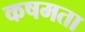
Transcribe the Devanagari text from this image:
कषमता